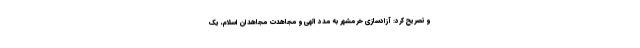
و تصریح کرد: آزادسازی خرمشهر به مدد الهی و مجاهدت مجاهدان اسلام، یک